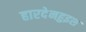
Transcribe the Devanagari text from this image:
हारदेनहुइश